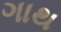
ગાથ